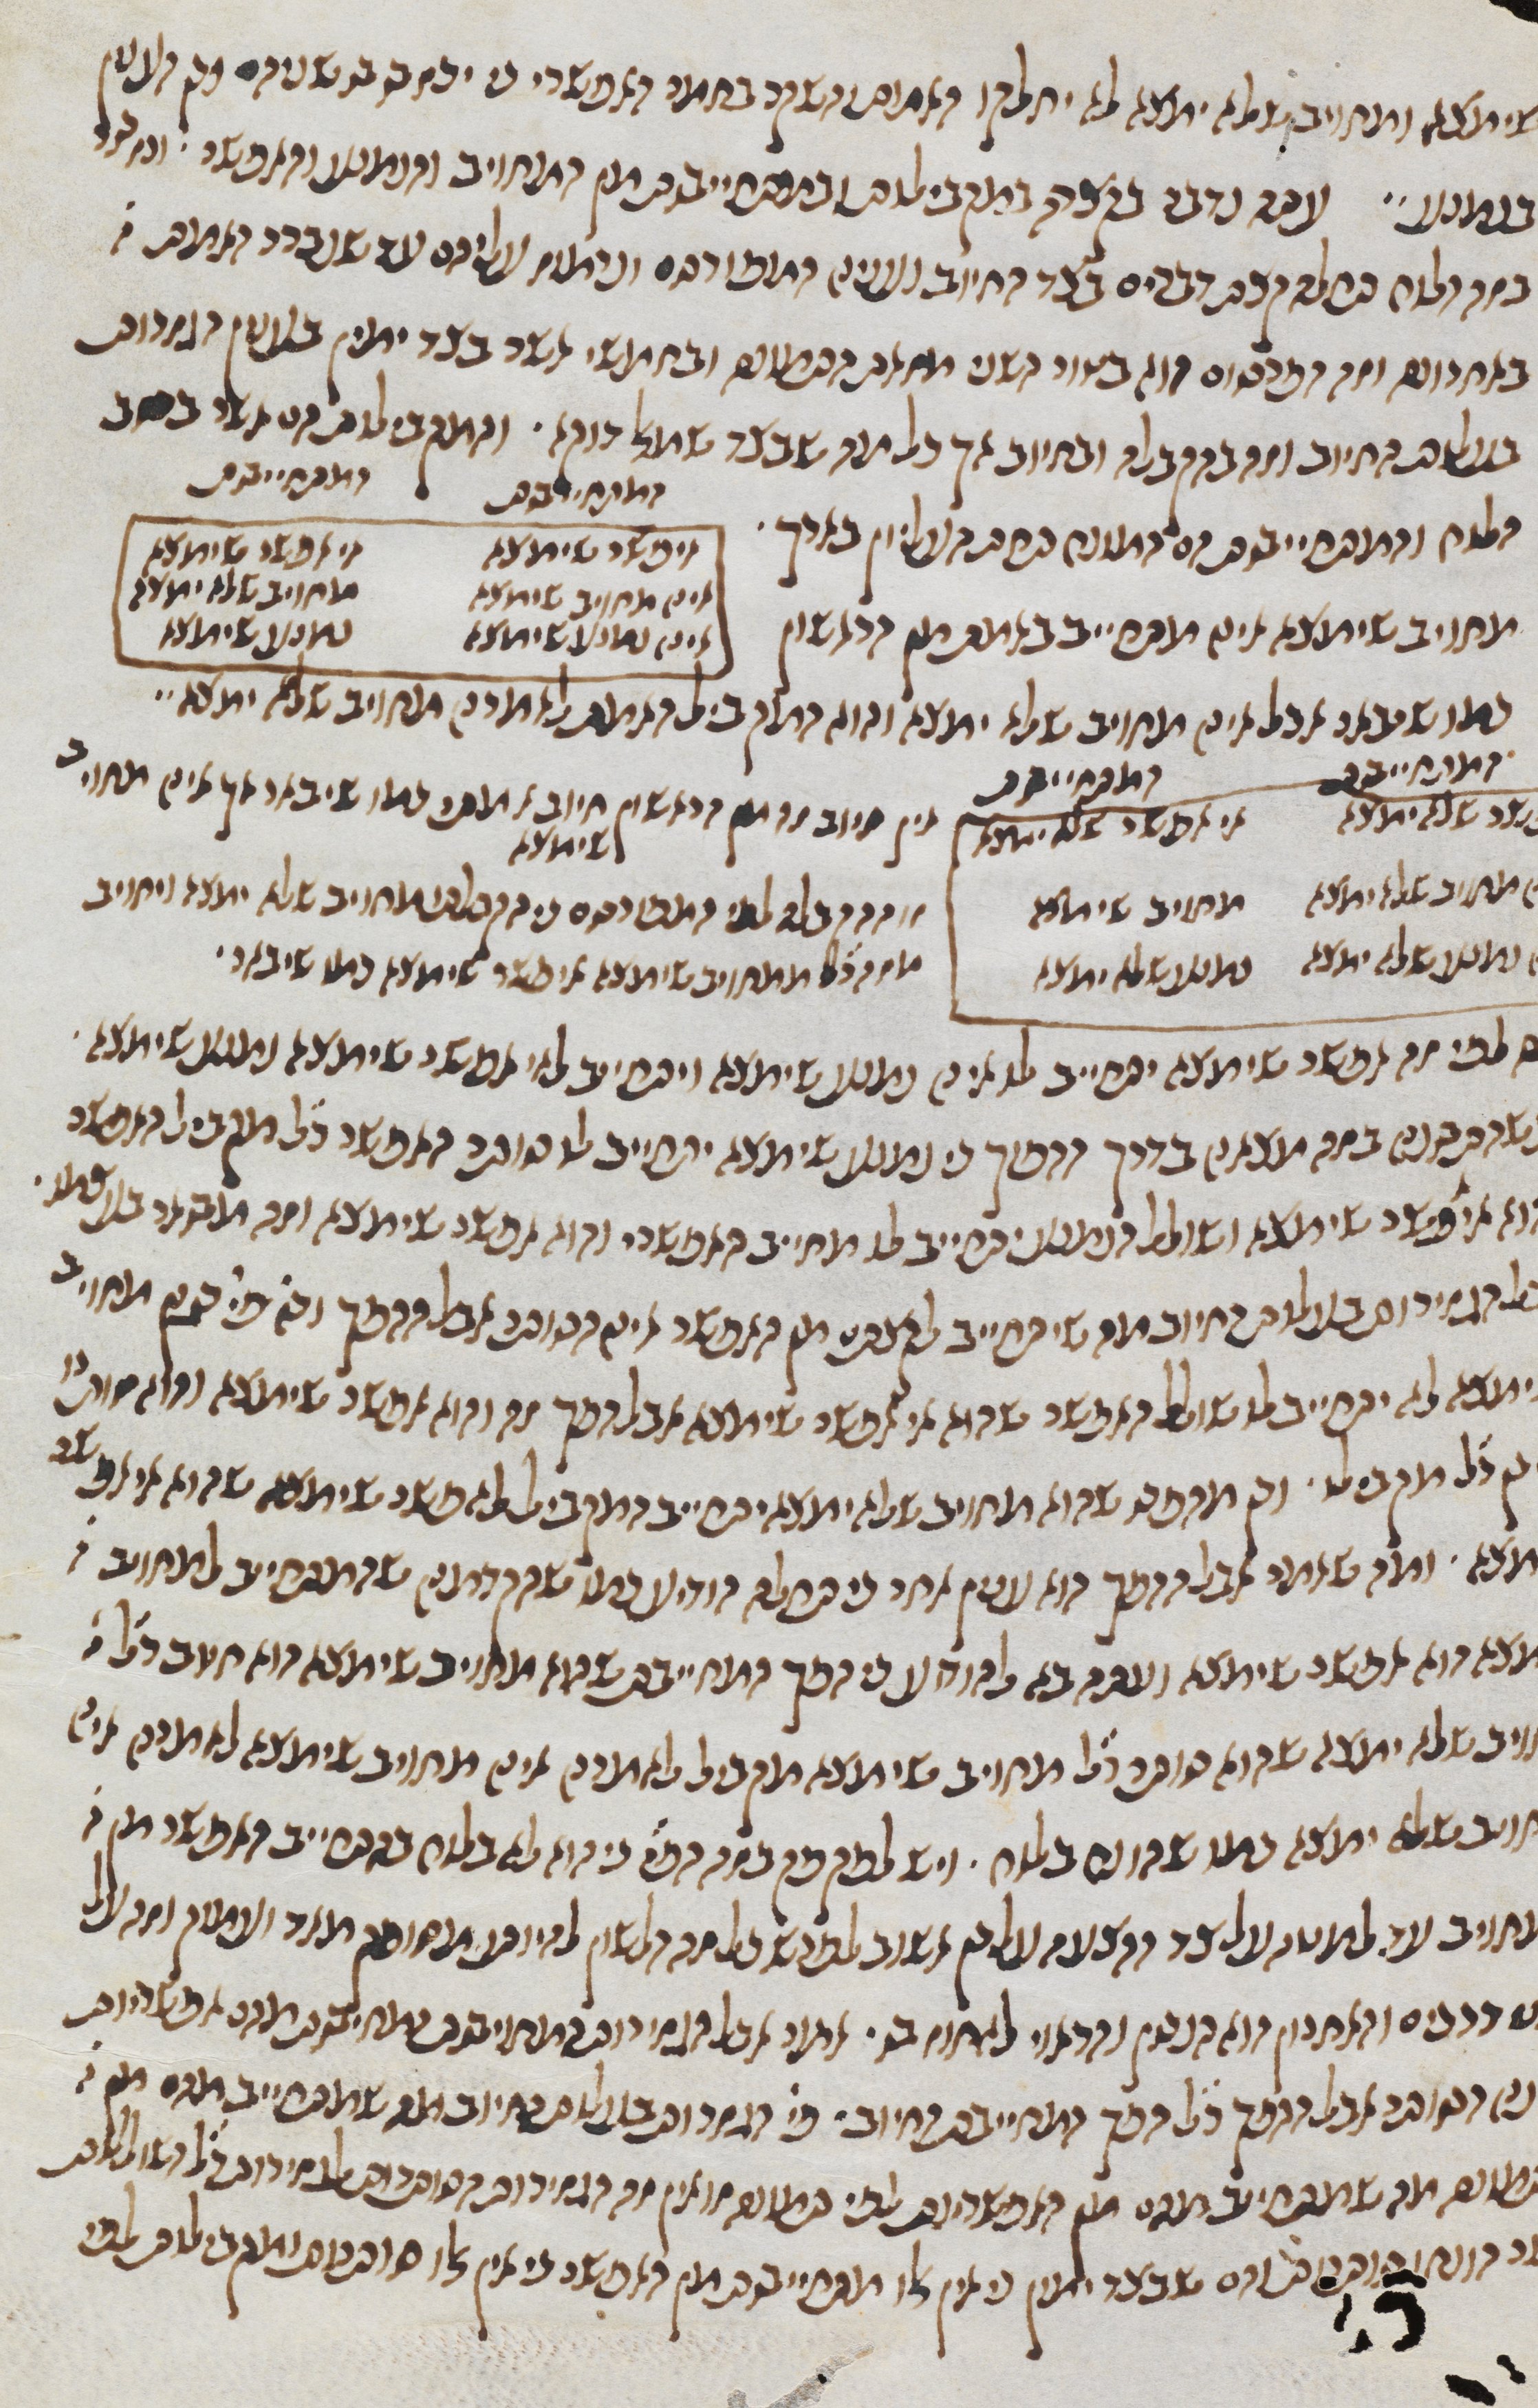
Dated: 1270–1330